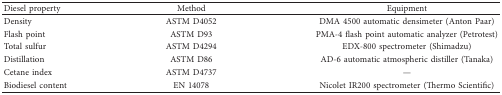
<table><thead><tr><td><b>Diesel property</b></td><td><b>Method</b></td><td><b>Equipment</b></td></tr></thead><tbody><tr><td>Density</td><td>ASTM D4052</td><td>DMA 4500 automatic densimeter (Anton Paar)</td></tr><tr><td>Flash point</td><td>ASTM D93</td><td>PMA-4 flash point automatic analyzer (Petrotest)</td></tr><tr><td>Total sulfur</td><td>ASTM D4294</td><td>EDX-800 spectrometer (Shimadzu)</td></tr><tr><td>Distillation</td><td>ASTM D86</td><td>AD-6 automatic atmospheric distiller (Tanaka)</td></tr><tr><td>Cetane index</td><td>ASTM D4737</td><td>—</td></tr><tr><td>Biodiesel content</td><td>EN 14078</td><td>Nicolet IR200 spectrometer (Thermo Scientific)</td></tr></tbody></table>